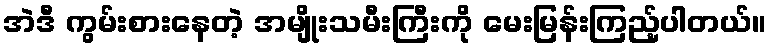
အဲဒီ ကွမ်းစားနေတဲ့ အမျိုးသမီးကြီးကို မေးမြန်းကြည့်ပါတယ်။